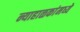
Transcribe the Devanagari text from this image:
न्याहाळकांमध्ये